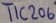
Text: TIC206